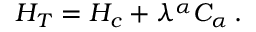
{ \cal H } _ { T } = { \cal H } _ { c } + \lambda ^ { \alpha } { \cal C } _ { \alpha } \, .